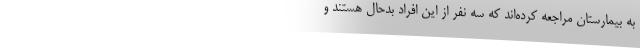
به بیمارستان مراجعه کرده‌اند که سه نفر از این افراد بدحال هستند و